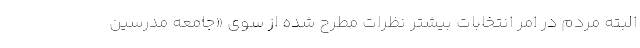
البته مردم در امر انتخابات بیشتر نظرات مطرح شده از سوی «جامعه مدرسین